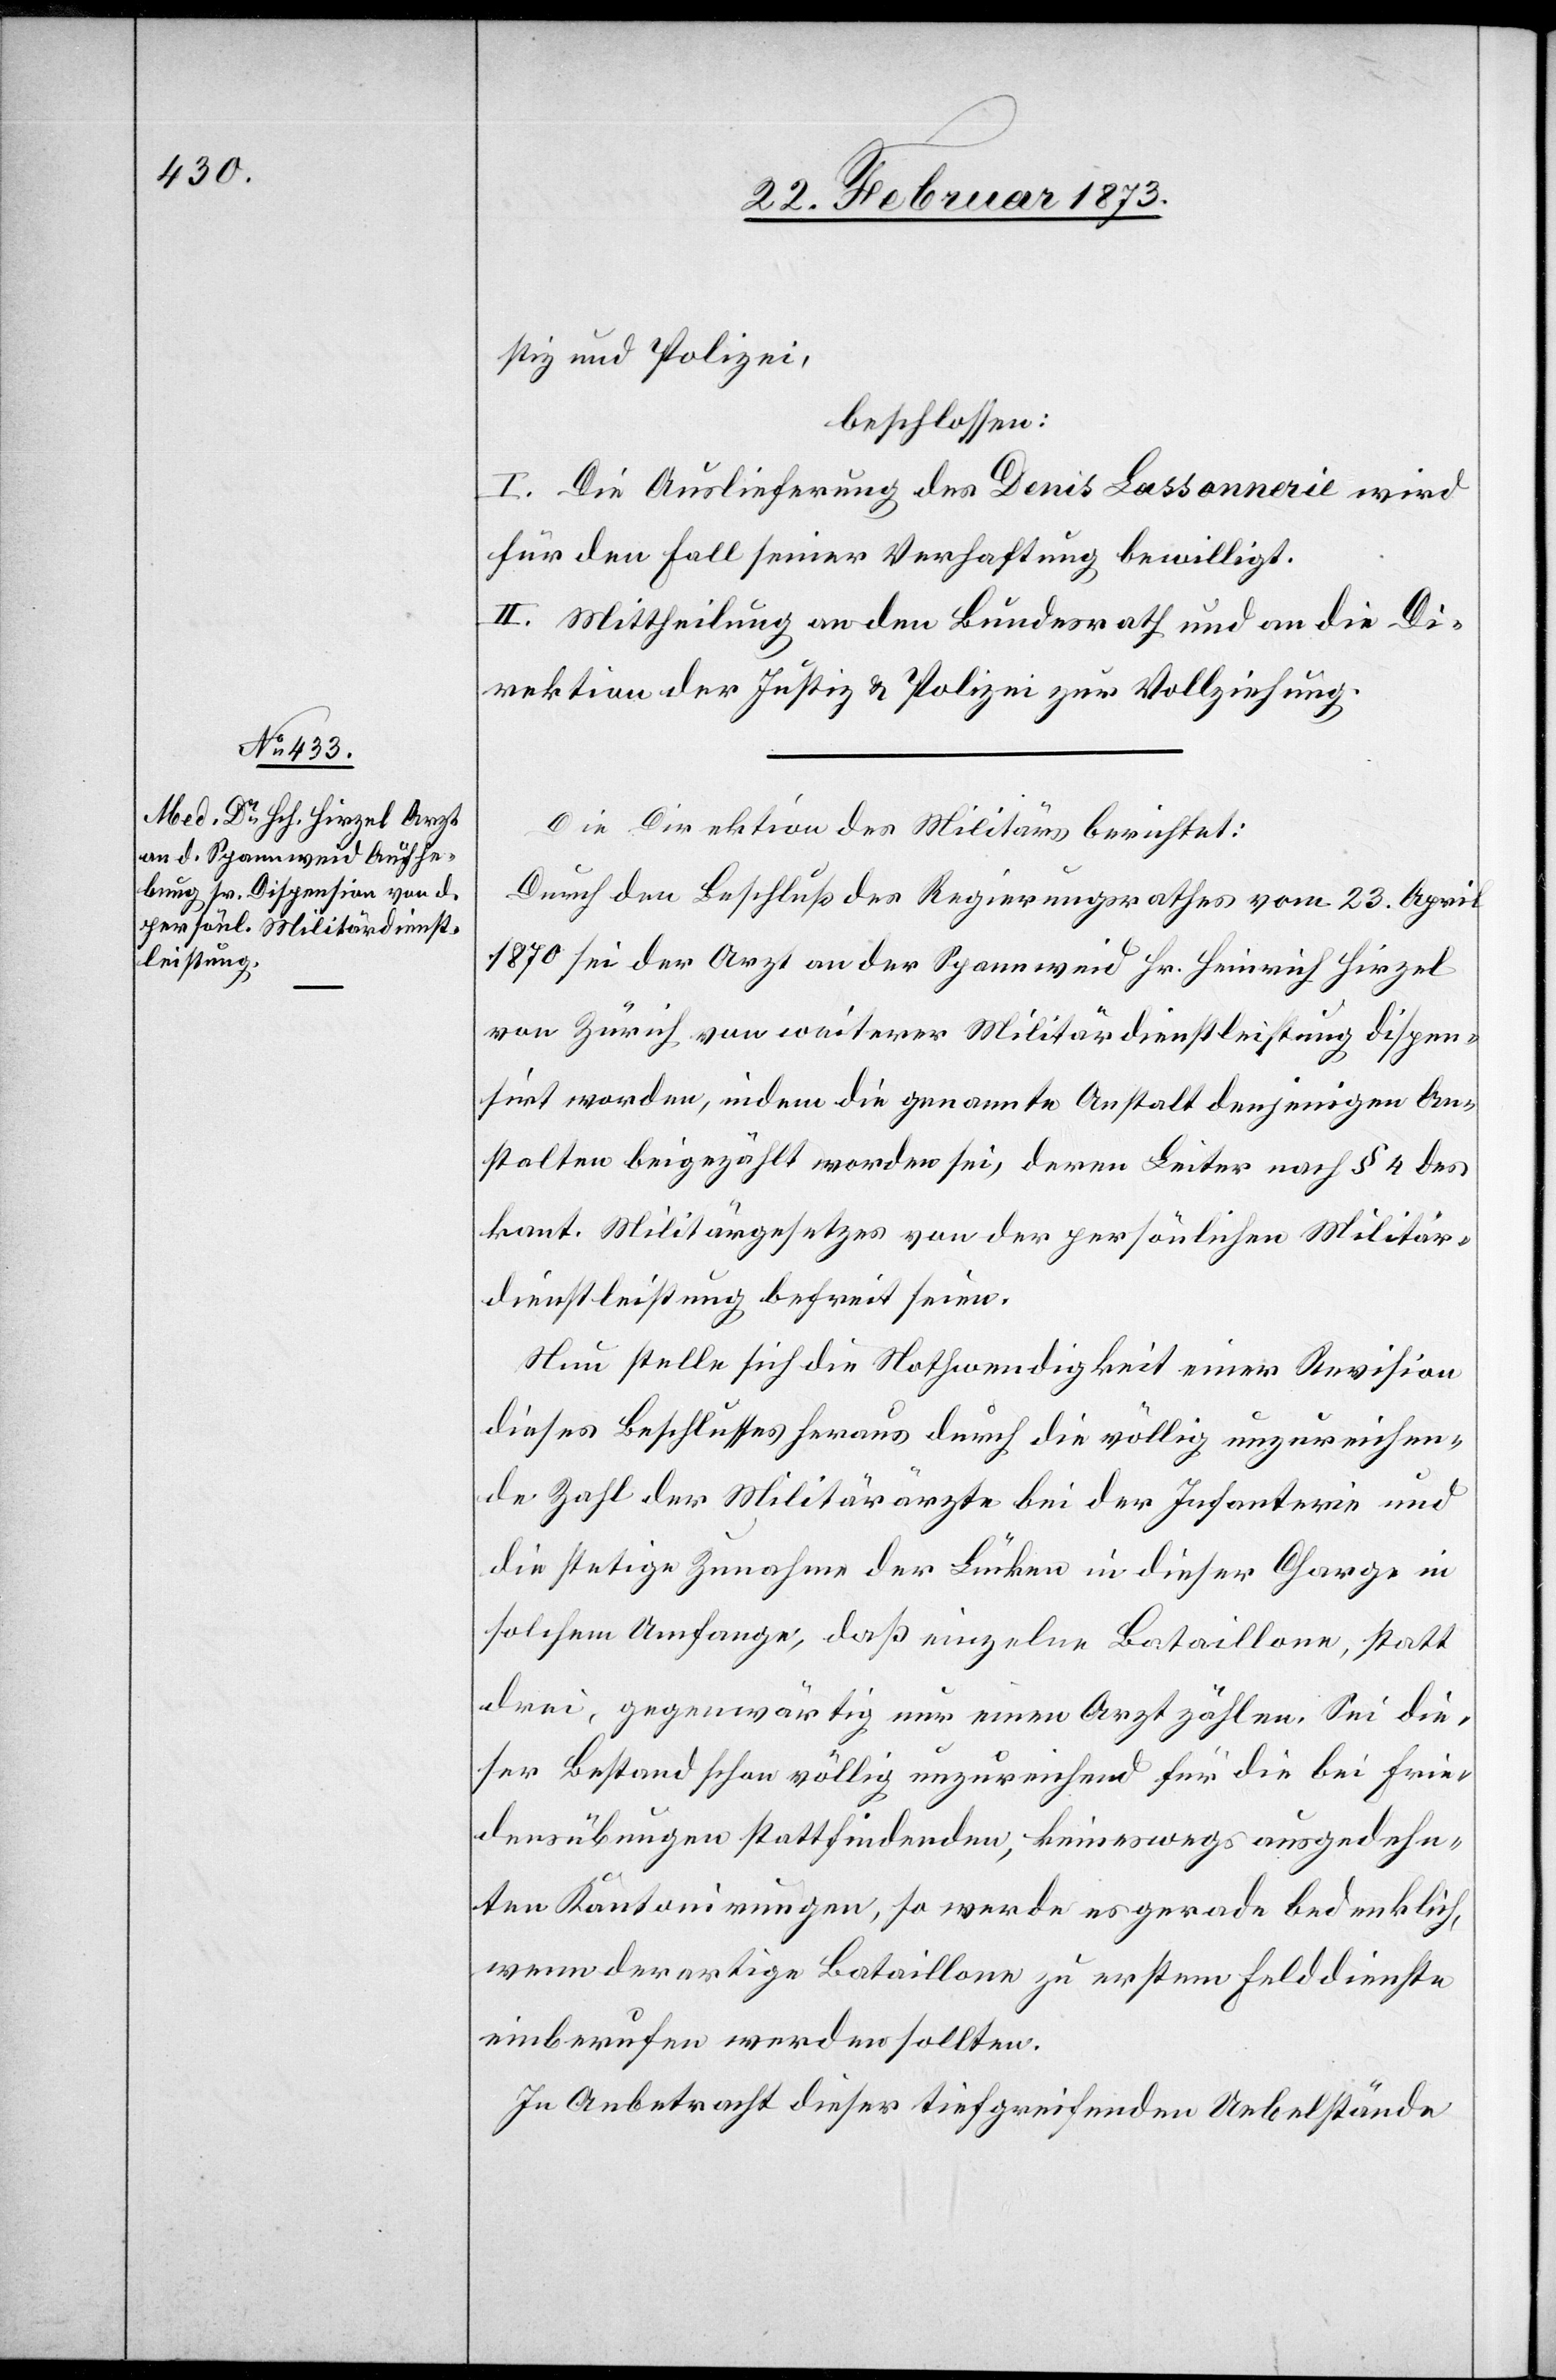
stiz und Polizei,
beschlossen:
I. Die Auslieferung des Denis Lassonnerie wird
für den Fall seiner Verhaftung bewilligt.
II. Mittheilung an den Bundesrath und an die Di¬
rektion der Justiz u. Polizei zur Vollziehung.
Die Direktion des Militärs berichtet:
Durch den Beschluß des Regierungsrathes vom 23. April
1870 sei der Arzt an der Spannweid Hr. Heinrich Hirzel
von Zürich von weiterer Militärdienstleistung dispen¬
sirt worden, indem die genannte Anstalt denjenigen An¬
stalten beigezählt worden sei, deren Leiter nach § 4 des
kant. Militärgesetzes von der persönlichen Militär¬
dienstleistung befreit seien.
Nun stelle sich die Nothwendigkeit einer Revision
dieses Beschlusses heraus durch die völlig unzureichen¬
de Zahl der Militärärzte bei der Infanterie und
die stetige Zunahme der Lücken in dieser Charge in
solchem Umfange, daß einzelne Bataillone, statt
drei, gegenwärtig nur einen Arzt zählen. Sei die¬
ser Bestand schon völlig unzureichend für die bei Frie¬
densübungen stattfindenden, keineswegs ausgedehn¬
ten Kantonirungen, so werde es gerade bedenklich,
wenn derartige Bataillone zu erstem Felddienste
einberufen werden sollten.
In Anbetracht dieser tiefgreifenden Uebelstände